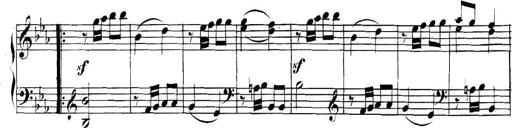
Title: Collected Piano Sonatas
Composer: Muzio Clementi